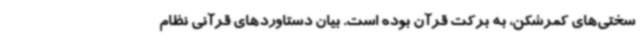
سختی‌های کمرشکن، به برکت قرآن بوده است. بیان دستاوردهای قرآنی نظام